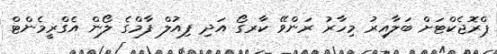
ޕްރޮޖެކްޓަށް ބަލާއިރު މިހާރު ރަންވޭ ކާރގޯ އަދި ފިއުލް ފާމްގެ ލޯން އެގްރީމެންޓް